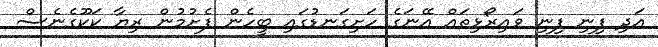
އަދި ފިނި ފިނި ވައިރޯޅިތައް އޭނަގެ ހަށިގަނޑުގައި ބީހެން ފެށުމުން ރިޔާ ކަކޫގެނެސް